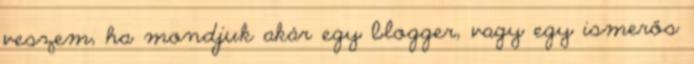
veszem, ha mondjuk akár egy blogger, vagy egy ismerős